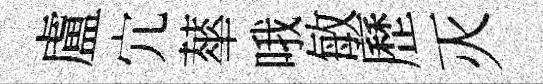
盧宂蕐哦敏歷灭